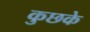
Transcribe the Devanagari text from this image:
कुछके